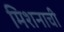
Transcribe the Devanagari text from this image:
मिशनाची